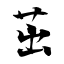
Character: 茁